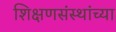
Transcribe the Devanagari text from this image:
शिक्षणसंस्थांच्या